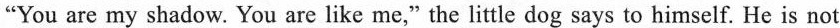
"You are my shadow. You are like me," the little dog says to himself. He is not